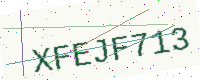
Text: XFEJF713